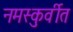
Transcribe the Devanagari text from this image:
नमस्कुर्वीत